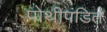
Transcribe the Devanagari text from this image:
पोथीपंडित